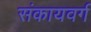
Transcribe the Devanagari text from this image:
संकायवर्ग